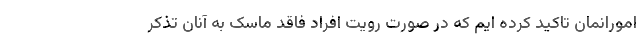
امورانمان تاکید کرده ایم که در صورت رویت افراد فاقد ماسک به آنان تذکر